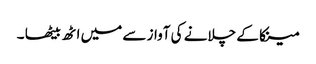
مینکا کے چلانے کی آواز سے میں اٹھ بیٹھا ۔